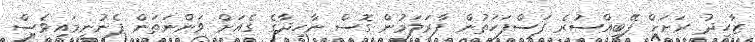
ޒާހިދު ރަށަށް ފޭބީއްސުރެ ފަސްފަހަތުން ފާރަލަމުން ގޮސް ނާހިދާގެ ގެއަށް ވަންނަތަން ފެނުނީމައިވެސް